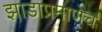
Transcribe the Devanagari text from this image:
झाडाप्रमाणेच